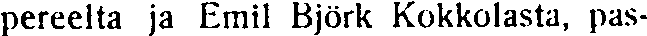
pereelta ja Emil Björk Kokkolasta, pas-